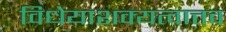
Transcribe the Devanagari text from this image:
विधेयाशक्यत्वात्तव